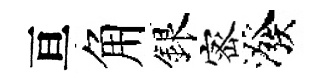
亘角銀宻潑